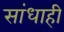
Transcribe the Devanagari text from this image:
सांधाही